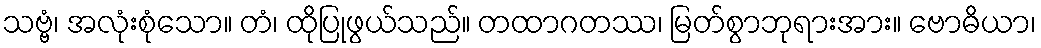
သဗ္ဗံ၊ အလုံးစုံသော။ တံ၊ ထိုပြုဖွယ်သည်။ တထာဂတဿ၊ မြတ်စွာဘုရားအား။ ဗောဓိယာ၊